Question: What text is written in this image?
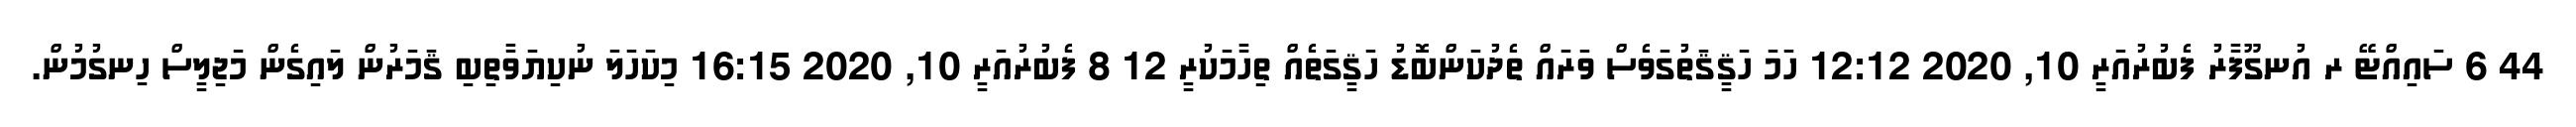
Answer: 44 6 ސައިއްޓޭ ރ އުނގޫފާރު ފެބުރުއަރީ 10, 2020 12:12 ހަމަ ހަޤީޤަތުގަވެސް ވަރައް ތެދުކަންބޮޑު ހަޤީގަތެއް ތިހާމަކުރީ 12 8 ފެބުރުއަރީ 10, 2020 16:15 މިކަހަލަ ނުކިޔަވާތިބި ޤަމަރުން ލައިގެން މަޖިލީސް ހިނގުމުން.